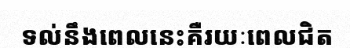
ទល់នឹងពេលនេះគឺរយៈពេលជិត